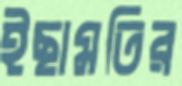
ইছামতির